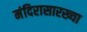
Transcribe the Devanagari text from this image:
मंदिरासारख्या